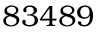
8 3 4 8 9